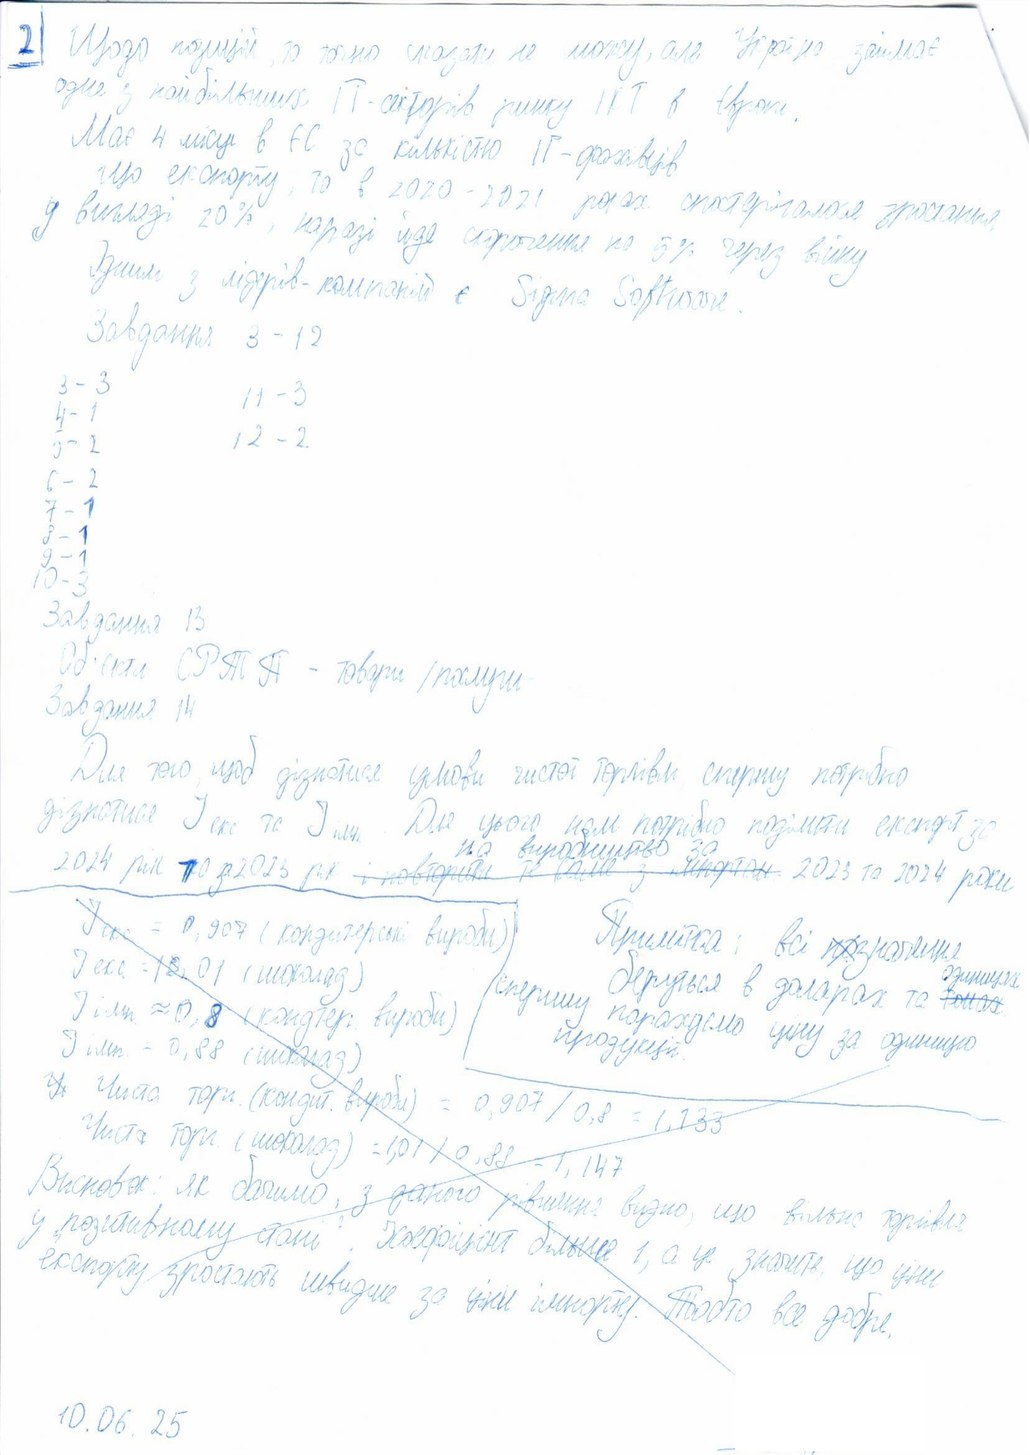
2) Щодо позицій, то точно сказати не можу, але Україна займає
одне з найбільших IT-секторів ринку ІКТ в Європі.
Має 4 місце в ЄС за кількістю IT-фахівців
що експорту, то в 2020-2021 роках спостерігалося зростання
у вигляді 20%, наразі йде скорочення на 5% через війну
Одним з лідерів-компаній є Sigma Software.
Завдання 3-12
3 - 3
11 - 3
4 - 1
12-2
5-2
6 - 2
7-1
8 - 1
9-1
10-3
Завдання 13
Об'єкти СРТП - товари / послуги Завдання 14
Завдання 14
Для того, щоб дізнатися умови чистої торгівлі, спершу потрібно
дізнатися I екс та I імп. Для цього нам потрібно поділити експорт за
2024 рік та за 2025 рік ~~і повторити те саме с імпортом~~{на виробництво за} 2023 та 2024 роки
Примітка: всі п~~о~~значення
Іекс = 0,907 (кондитерські вироби)
беруться в доларах та ~~тонах~~{одиницях}
спершу порахуємо ціну за одиницю
I екс. = 15.01 (шоколад)
I імп. ≈ 0,8 (кондтер. вироби)
продукції
I імп. = 0,88 (шоколад)
~~Уі~~Чиста торг. (кондит. вироби) = 0,907 / 0,8 = 1,133
Чиста торг. (шоколад) = 1,01 / 0,88 = 1,147
Висновок: як бачимо, з даного рівняння видно, що вільно торгівля
у позитивному стані. Коефіцієнт більше 1, а це значить, що ціни
експорту зростають швидше за ціни імпорту. Тобто все добре.
10.06.25